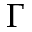
\Gamma